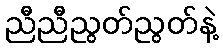
ညီညီညွတ်ညွတ်နဲ့